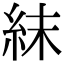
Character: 𥿉